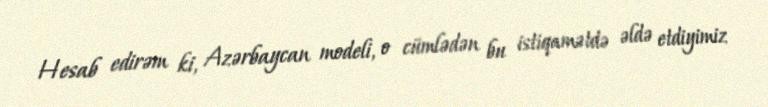
Hesab edirəm ki, Azərbaycan modeli, o cümlədən bu istiqamətdə əldə etdiyimiz